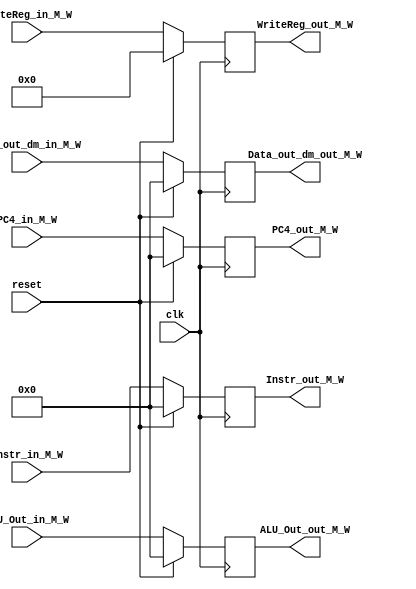
`timescale 1ns / 1ps
//////////////////////////////////////////////////////////////////////////////////
// Company: 
// Engineer: 
// 
// Design Name: 
// Module Name:    M_W 
// Project Name: 
// Target Devices: 
// Tool versions: 
// Description: 
//
// Dependencies: 
//
// Revision: 
// Revision 0.01 - File Created
// Additional Comments: 
//
//////////////////////////////////////////////////////////////////////////////////
module M_W(
    input [31:0] Instr_in_M_W,
    input [31:0] ALU_Out_in_M_W,
    input [31:0] Data_out_dm_in_M_W,
    input [4:0] WriteReg_in_M_W,
    input clk,
    input reset,
	 input [31:0] PC4_in_M_W,
    output reg [31:0] Instr_out_M_W,
    output reg [31:0] ALU_Out_out_M_W,
    output reg [31:0] Data_out_dm_out_M_W,
    output reg [4:0] WriteReg_out_M_W,
    output reg [31:0] PC4_out_M_W
    );

	always @(posedge clk)begin
		if(reset)begin
			Instr_out_M_W = 0;
			ALU_Out_out_M_W = 0;
			Data_out_dm_out_M_W = 0;
			WriteReg_out_M_W = 0;
			PC4_out_M_W = 0;
		end
		
		else begin
			Instr_out_M_W = Instr_in_M_W;
			ALU_Out_out_M_W = ALU_Out_in_M_W;
			Data_out_dm_out_M_W = Data_out_dm_in_M_W;
			WriteReg_out_M_W = WriteReg_in_M_W;
			PC4_out_M_W = PC4_in_M_W;
		end
	
	end

endmodule